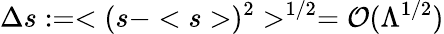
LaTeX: \Delta s:=<(s-
)^{2}>^{1/2}={\cal O}(\Lambda^{1/2})